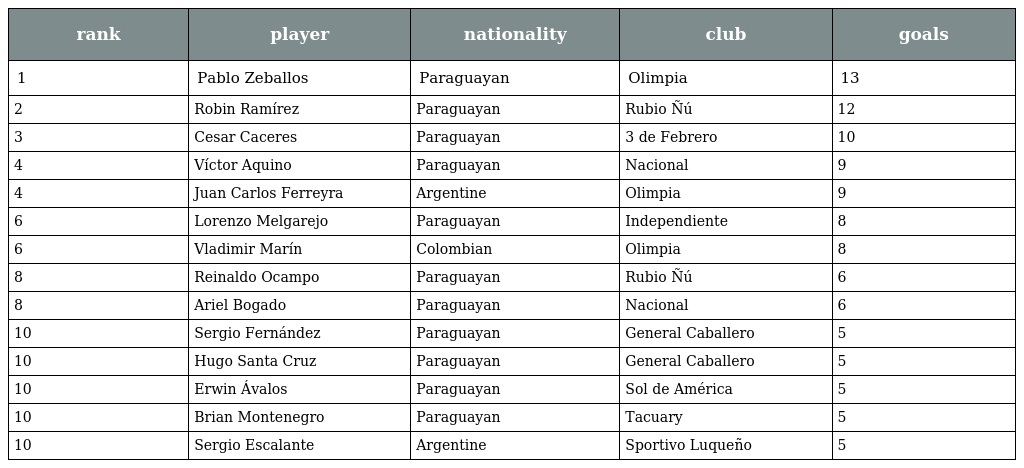
| rank | player | nationality | club | goals |
 | --- | --- | --- | --- | --- |
 | 1 | Pablo Zeballos | Paraguayan | Olimpia | 13 |
 | 2 | Robin Ramírez | Paraguayan | Rubio Ñú | 12 |
 | 3 | Cesar Caceres | Paraguayan | 3 de Febrero | 10 |
 | 4 | Víctor Aquino | Paraguayan | Nacional | 9 |
 | 4 | Juan Carlos Ferreyra | Argentine | Olimpia | 9 |
 | 6 | Lorenzo Melgarejo | Paraguayan | Independiente | 8 |
 | 6 | Vladimir Marín | Colombian | Olimpia | 8 |
 | 8 | Reinaldo Ocampo | Paraguayan | Rubio Ñú | 6 |
 | 8 | Ariel Bogado | Paraguayan | Nacional | 6 |
 | 10 | Sergio Fernández | Paraguayan | General Caballero | 5 |
 | 10 | Hugo Santa Cruz | Paraguayan | General Caballero | 5 |
 | 10 | Erwin Ávalos | Paraguayan | Sol de América | 5 |
 | 10 | Brian Montenegro | Paraguayan | Tacuary | 5 |
 | 10 | Sergio Escalante | Argentine | Sportivo Luqueño | 5 |